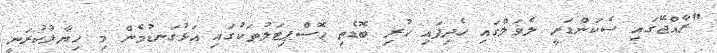
"ރާއްޖޭގައި ސެކަންޑަރީ ލެވަލްގައި ހެދިފައި ހުރި ބޮޑެތި ހޮސްޕިޓަލުތަކުގައި އަޅުގަނޑުމެން މި ހިޔާލުކުރަނީ